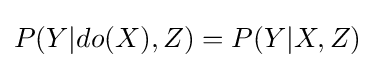
P(Y|do(X),Z)=P(Y|X,Z)